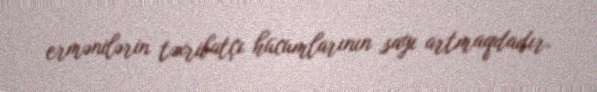
ermənilərin təxribatçı hücumlarının sayı artmaqdadır.